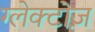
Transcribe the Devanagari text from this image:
ग्लेक्टोज़